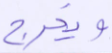
ويخرج